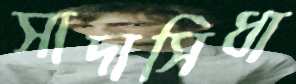
সাদাসিধা